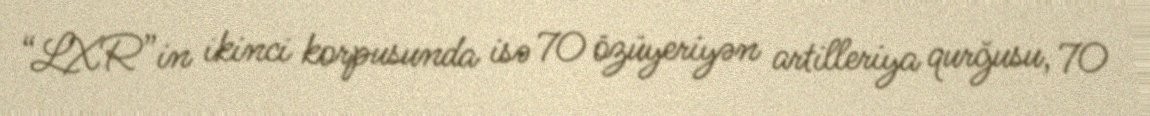
“LXR”in ikinci korpusunda isə 70 özüyeriyən artilleriya qurğusu, 70